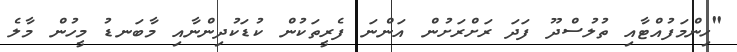
"ހިންމަފުއްޓާއި ތުލުސްދޫ ފަދަ ރަށްރަށުން އަންނަ ފެރީތަކުން ކުޑަކުދިންނާއި މާބަނޑު މީހުން މާލެ